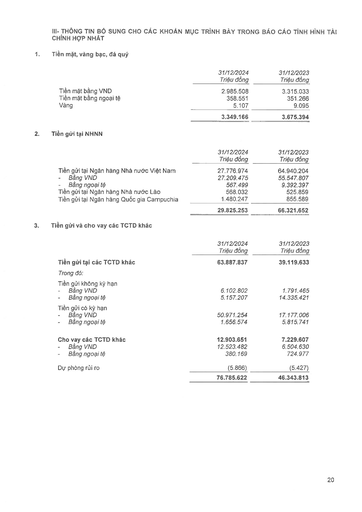
||31/12/2024 Triệu đồng|31/12/2023 Triệu đồng| |---|---|---| |Tiền mặt bằng VND|2.985.508|3.315.033| |Tiền mặt bằng ngoại tệ|358.551|351.266| |Vàng|5.107|9.095| ||3.349.166|3.675.394| ||31/12/2024 Triệu đồng|31/12/2023 Triệu đồng| |---|---|---| |Tiền gửi tại Ngân hàng Nhà nước Việt Nam|27.776.974|64.940.204| |- Bằng VND|27.209.475|55.547.807| |- Bằng ngoại tệ|567.499|9.392.397| |Tiền gửi tại Ngân hàng Nhà nước Lào|568.032|525.859| |Tiền gửi tại Ngân hàng Quốc gia Campuchia|1.480.247|855.589| ||29.825.253|66.321.652| ||31/12/2024 Triệu đồng|31/12/2023 Triệu đồng| |---|---|---| |Tiền gửi tại các TCTD khác|63.887.837|39.119.633| |Trong đó:||| |Tiền gửi không kỳ hạn||| |- Bằng VND|6.102.802|1.791.465| |- Bằng ngoại tệ|5.157.207|14.335.421| |Tiền gửi có kỳ hạn||| |- Bằng VND|50.971.254|17.177.006| |- Bằng ngoại tệ|1.656.574|5.815.741| |Cho vay các TCTD khác|12.903.651|7.229.607| |- Bằng VND|12.523.482|6.504.630| |- Bằng ngoại tệ|380.169|724.977| |Dự phòng rủi ro|(5.866)|(5.427)| ||76.785.622|46.343.813|